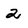
Character: 2